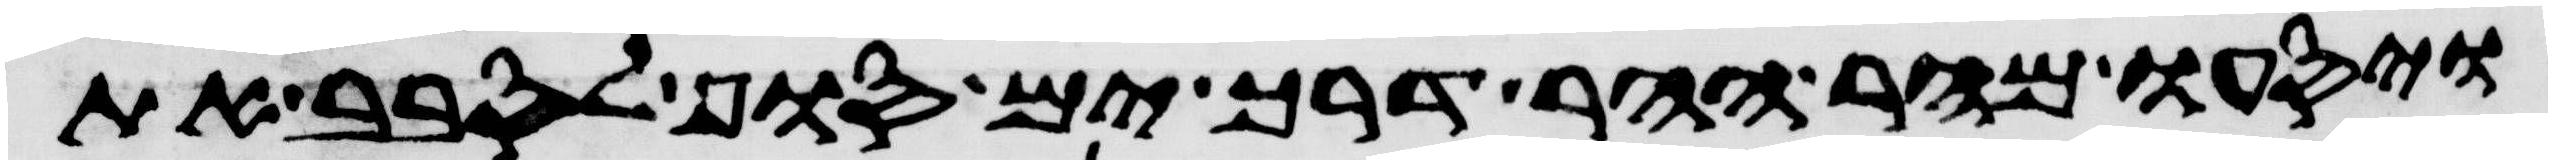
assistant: ויסעו מהר ההר דרך ים סוף לסבב את